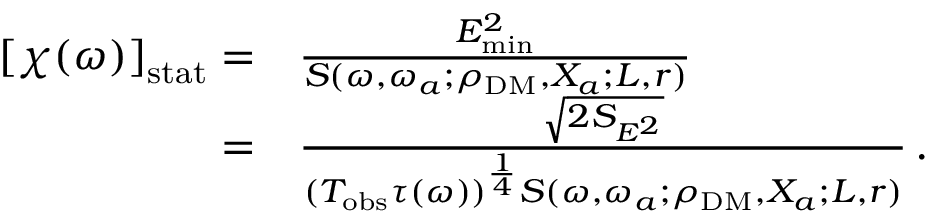
\begin{array} { r l } { \left[ \chi ( \omega ) \right] _ { \mathrm { s t a t } } = } & { \frac { E _ { \mathrm { m i n } } ^ { 2 } } { S ( \omega , \omega _ { a } ; \rho _ { \mathrm { D M } } , X _ { a } ; L , r ) } \, } \\ { = } & { \frac { \sqrt { 2 S _ { E ^ { 2 } } } } { ( T _ { \mathrm { o b s } } \tau ( \omega ) ) ^ { \frac { 1 } { 4 } } S ( \omega , \omega _ { a } ; \rho _ { \mathrm { D M } } , X _ { a } ; L , r ) } \, . } \end{array}